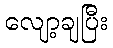
လျော့ချပြီး